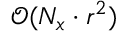
\mathcal { O } ( N _ { x } \cdot r ^ { 2 } )